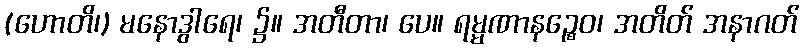
(ဟောတိ၊) မနောဒွါရေ၊ ၌။ အတီတာ၊ ပေ။ ရမ္မဏာနဉ္စေဝ၊ အတိတ် အနာဂတ်